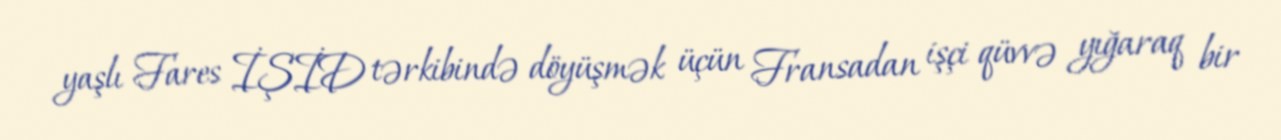
yaşlı Fares İŞİD tərkibində döyüşmək üçün Fransadan işçi qüvvə yığaraq bir